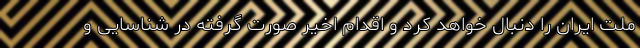
ملت ایران را دنبال خواهد کرد و اقدام اخیر صورت گرفته در شناسایی و